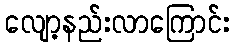
လျော့နည်းလာကြောင်း